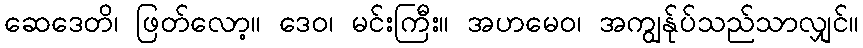
ဆေဒေတိ၊ ဖြတ်လော့။ ဒေဝ၊ မင်းကြီး။ အဟမေဝ၊ အကျွန်ုပ်သည်သာလျှင်။